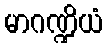
မာဂဏ္ဍိယံ